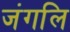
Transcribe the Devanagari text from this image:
जंगलि